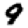
Digit: 9